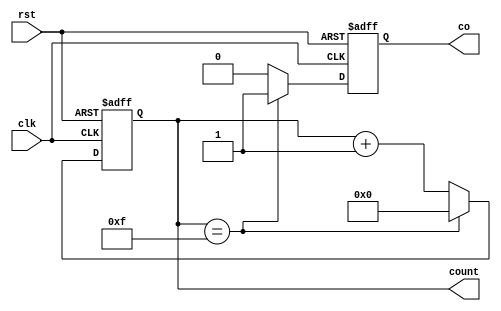
module synchronous_counter(
    input clk,       // clock signal
    input rst,       // reset signal
    output reg [3:0] count,    // 4-bit count output
    output reg co               // carry-out signal
);

always @(posedge clk or posedge rst) begin
    if(rst) begin
        count <= 4'b0000;   // reset count to 0
        co <= 1'b0;         // reset carry-out signal
    end
    else begin
        if(count == 4'b1111) begin
            count <= 4'b0000;
            co <= 1'b1;     // set carry-out signal on overflow
        end
        else begin
            count <= count + 1; // increment count on each clock cycle
            co <= 1'b0;
        end
    end
end

endmodule